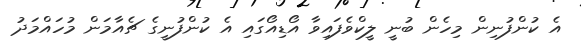
އެ ކުންފުނިން މިހެން ބުނީ ލީކްވެފައިވާ އޯޑިއޯގައި އެ ކުންފުނީގެ ޗެއާމަން މުހައްމަދު